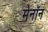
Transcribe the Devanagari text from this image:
मेनॉन